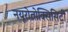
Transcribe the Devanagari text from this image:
नयूरोतोक्सिसिटी